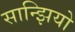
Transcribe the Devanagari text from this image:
सान्झियो